Annual administration report of the Civil Veterinary Department of India - 1892-1893
Year: 1892
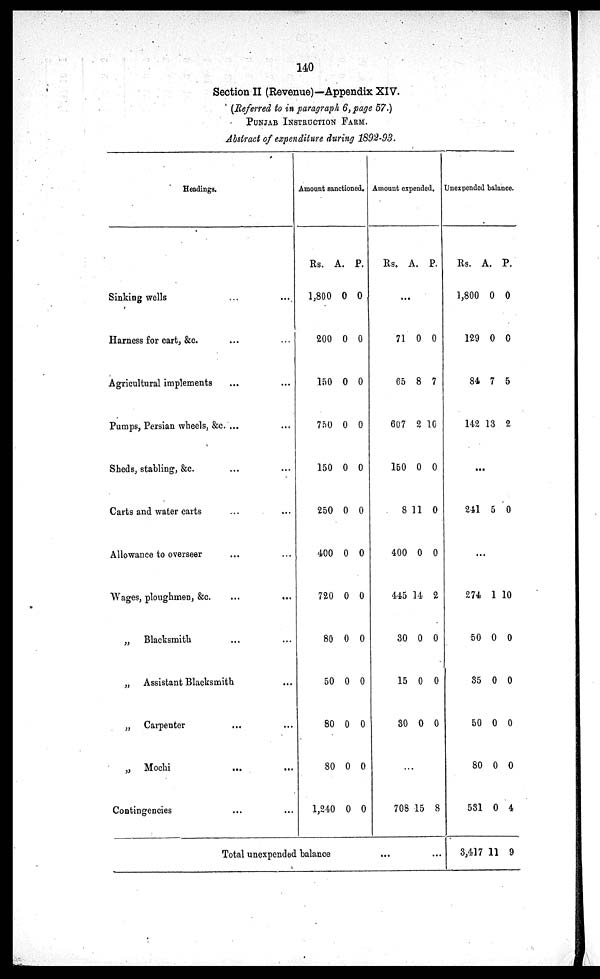
140
Section II (Revenue)—Appendix XIV.
(Referred to in paragraph 6, page 57.)
PUNJAB INSTRUCTION FARM..
Abstract of expenditure during 1892-93.
Headings.
Sinking wells ... ...
Harness for cart, &c. ... ...
Agricultural implements ... ...
Pumps, Persian wheels, &c. ... ...
Sheds, stabling, &c. ... ...
Carts and water carts ... ...
Allowance to overseer ... ...
Wages, ploughmen, &c. ... ...
„
Blacksmith ... ...
„ Assistant Blacksmith ...
„ Carpenter ... ...
„ Mochi ... ...
Contingencies ... ...
Amount sanctioned.
Rs.
1,800
200
150
750
150
250
400
720
80
50
80
80
1,240
A.
0
0
0
0
0
0
0
0
0
0
0
0
0
P.
0
0
0
0
0
0
0
0
0
0
0
0
0
Amount expended.
Rs. A. P.
...
71
65
607
150
8
400
445
30
15
30
0
8
2
0
11
0
14
0
0
0
0
7
10
0
0
0
2
0
0
0
...
708 15 8
Total unexpended balance... ...
Unexpended balance.
Rs.
1,800
129
84
142
A.
0
0
7
13
P.
0
0
5
2
...
241 5 0
...
274
50
35
50
80
531
3,417
1
0
0
0
0
0
11
10
0
0
0
0
4
9